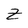
Character: Z